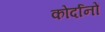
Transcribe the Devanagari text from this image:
कोर्दानों